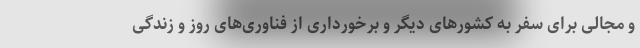
و مجالی برای سفر به کشورهای دیگر و برخورداری از فناوری‌های روز و زندگی